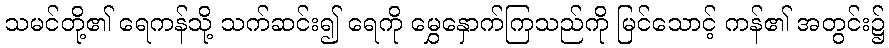
သမင်တို့၏ ရေကန်သို့ သက်ဆင်း၍ ရေကို မွှေနှောက်ကြသည်ကို မြင်သောင့် ကန်၏ အတွင်း၌